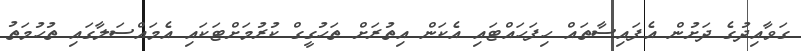
ގަވާއިދުގެ ދަށުން އެފައިސާތައް ހިފަހައްޓައި އެކަން އިތުރަށް ތަހުގީގް ކުރުމަށްޓަކައި އެމައްސަލާގައި ތުހުމަތު